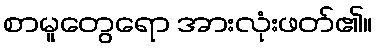
စာမူတွေရော အားလုံးဖတ်၏။